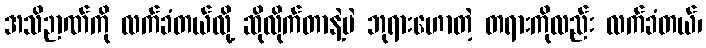
အသိဉာဏ်ကို လက်ခံတယ်လို့ ဆိုလိုက်တာနဲ့ပဲ ဘုရားဟောတဲ့ တရားကိုလည်း လက်ခံတယ်၊